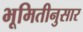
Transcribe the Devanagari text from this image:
भूमितीनुसार